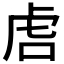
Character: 𫊝